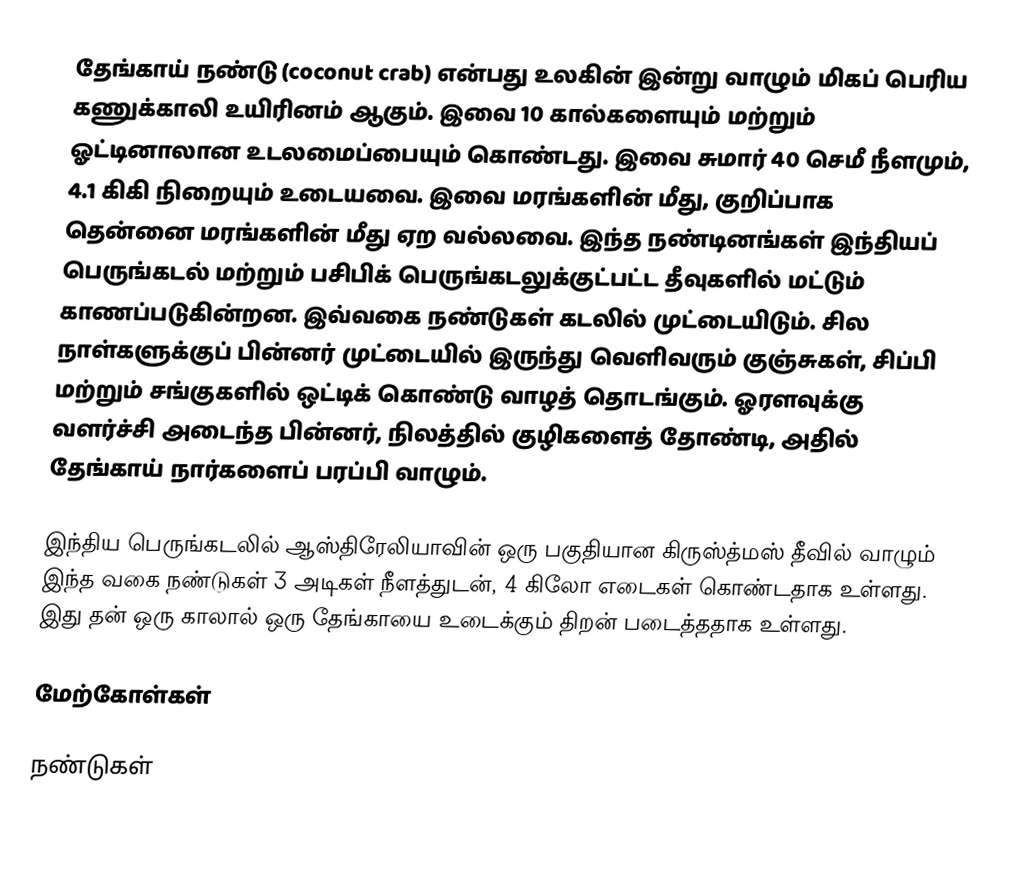
தேங்காய் நண்டு (coconut crab) என்பது உலகின் இன்று வாழும் மிகப் பெரிய கணுக்காலி உயிரினம் ஆகும். இவை 10 கால்களையும் மற்றும் ஓட்டினாலான உடலமைப்பையும் கொண்டது.  இவை சுமார் 40 செமீ நீளமும், 4.1 கிகி நிறையும் உடையவை.  இவை மரங்களின் மீது, குறிப்பாக தென்னை மரங்களின் மீது ஏற வல்லவை. இந்த நண்டினங்கள் இந்தியப் பெருங்கடல் மற்றும் பசிபிக் பெருங்கடலுக்குட்பட்ட தீவுகளில் மட்டும் காணப்படுகின்றன. இவ்வகை நண்டுகள் கடலில் முட்டையிடும். சில நாள்களுக்குப் பின்னர் முட்டையில் இருந்து வெளிவரும் குஞ்சுகள், சிப்பி மற்றும் சங்குகளில் ஒட்டிக் கொண்டு வாழத் தொடங்கும். ஓரளவுக்கு வளர்ச்சி அடைந்த பின்னர், நிலத்தில் குழிகளைத் தோண்டி, அதில் தேங்காய் நார்களைப் பரப்பி வாழும்.

இந்திய பெருங்கடலில் ஆஸ்திரேலியாவின் ஒரு பகுதியான கிருஸ்த்மஸ் தீவில் வாழும் இந்த வகை நண்டுகள்  3 அடிகள் நீளத்துடன், 4 கிலோ எடைகள் கொண்டதாக உள்ளது. இது தன் ஒரு காலால் ஒரு தேங்காயை உடைக்கும் திறன் படைத்ததாக உள்ளது.

மேற்கோள்கள்

நண்டுகள்